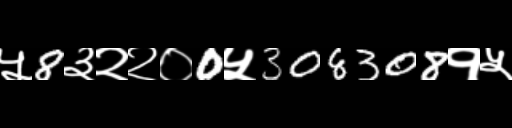
Text: ५8३२२०0५308308१५